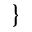
\}